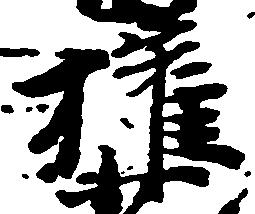
権